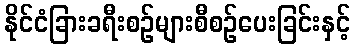
နိုင်ငံခြားခရီးစဉ်များစီစဉ်ပေးခြင်းနှင့်